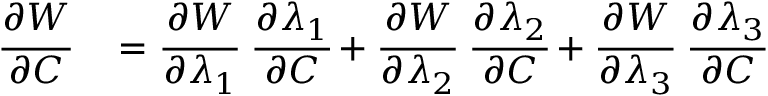
\begin{array} { r l } { { \cfrac { \partial W } { \partial { \boldsymbol { C } } } } } & { { } = { \cfrac { \partial W } { \partial \lambda _ { 1 } } } ~ { \cfrac { \partial \lambda _ { 1 } } { \partial { \boldsymbol { C } } } } + { \cfrac { \partial W } { \partial \lambda _ { 2 } } } ~ { \cfrac { \partial \lambda _ { 2 } } { \partial { \boldsymbol { C } } } } + { \cfrac { \partial W } { \partial \lambda _ { 3 } } } ~ { \cfrac { \partial \lambda _ { 3 } } { \partial { \boldsymbol { C } } } } } \end{array}